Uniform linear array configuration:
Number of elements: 8
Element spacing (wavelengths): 1
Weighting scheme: binomial
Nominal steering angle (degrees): -45
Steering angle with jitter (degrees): -45.151
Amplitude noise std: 0.05
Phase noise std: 0.05

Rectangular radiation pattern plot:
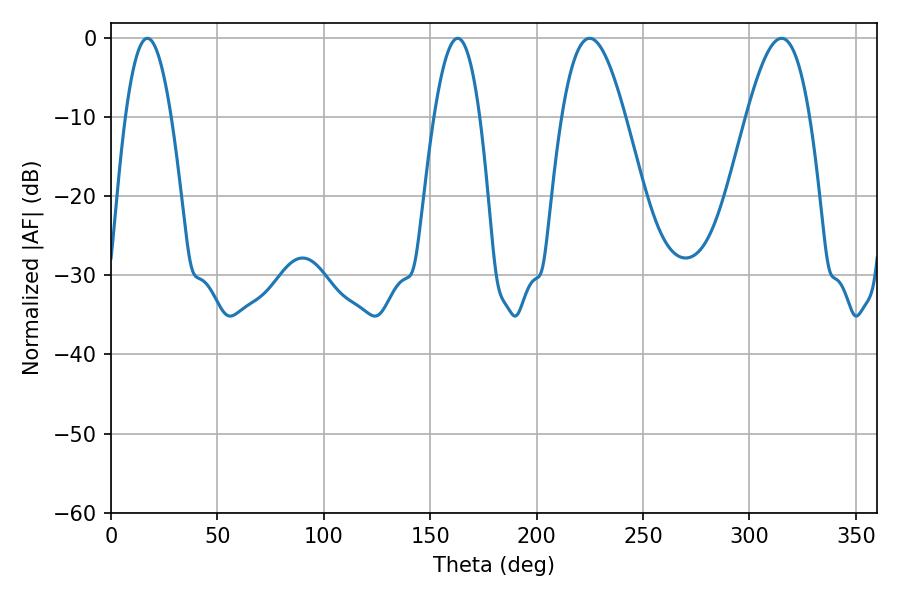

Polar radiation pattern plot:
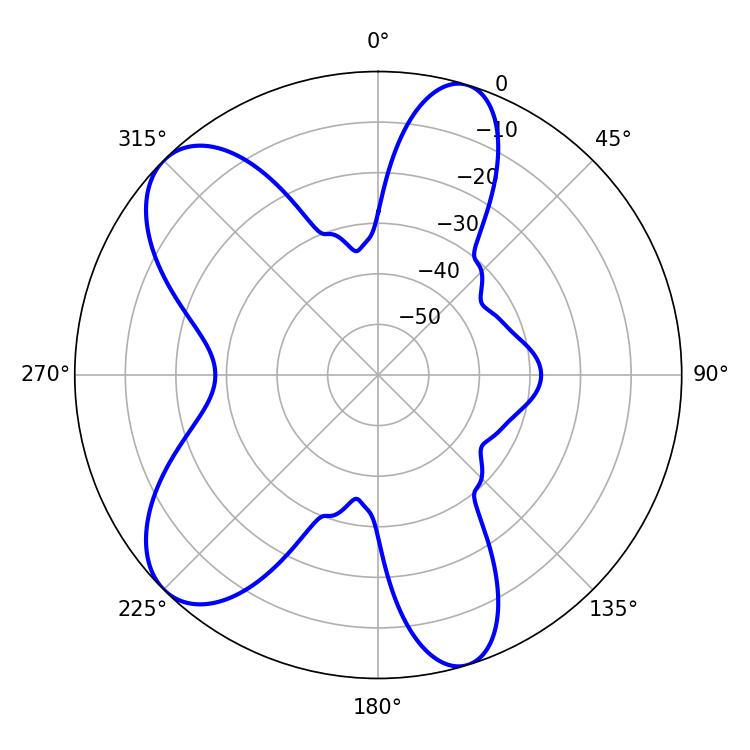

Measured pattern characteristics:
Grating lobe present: TRUE
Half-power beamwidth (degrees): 11.7
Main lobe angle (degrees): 17.1